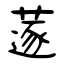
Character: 蓫